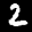
Label: 2